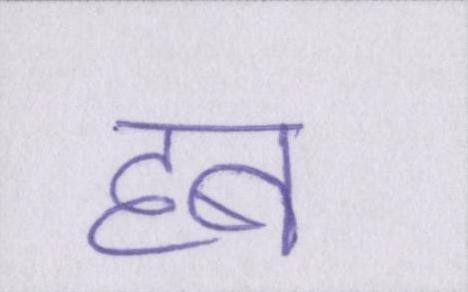
हब